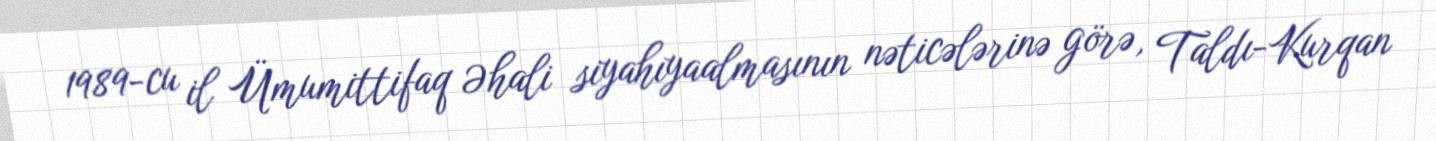
1989-cu il Ümumittifaq Əhali siyahıyaalmasının nəticələrinə görə, Taldı-Kurqan